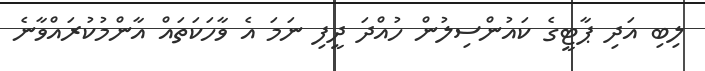
ލިބި އަދި ޕާޓީގެ ކައުންސިލުން ހުއްދަ ދީފި ނަމަ އެ ވާހަކަތައް އާންމުކުރައްވާނެ